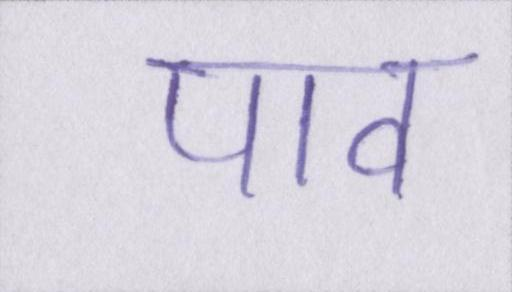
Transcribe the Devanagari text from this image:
पाव